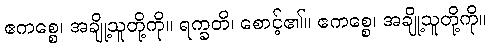
ဧကစ္စေ၊ အချို့သူတို့ကို။ ရက္ခတိ၊ စောင့်၏။ ဧကစ္စေ၊ အချို့သူတို့ကို။